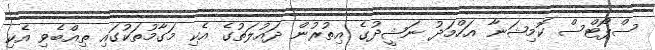
ސްޕޯޓްސް ކޮމިޝަނާ އަހްމަދު ނަޝީދުގެ އިތުރުން ދައުލަތުގެ އެކި މަގާމުތަކުގައި ތިއްބެވި އެކި